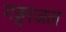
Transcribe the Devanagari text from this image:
गङ्गाजल